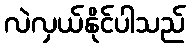
လဲလှယ်နိုင်ပါသည်